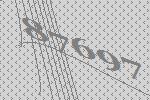
87697